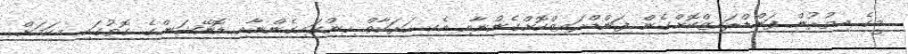
މީގެ އިތުރުން ފަންޑްރައިޒްކޮށްގެން ފަންޑްރައިޒްކޮށްގެންނާއި އެކި ހަރަކާތް ހިންގައިގެންނާއި ޑޮނޭޝަންގެ ގޮތުގައި މިކަމަށް